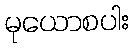
မုယောစပါး